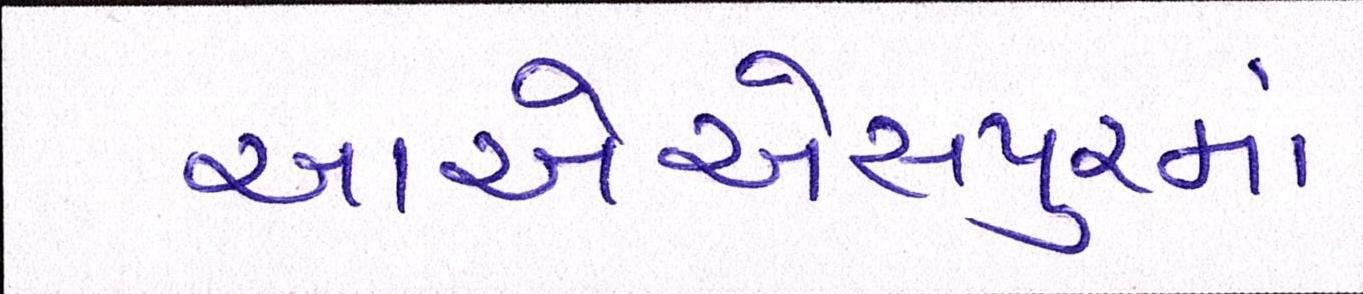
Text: આએએસપુરમાં